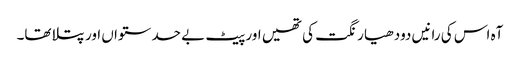
آہ اس کی رانیں دودھیا رنگت کی تھیں اور پیٹ بے حد ستواں اور پتلا تھا۔